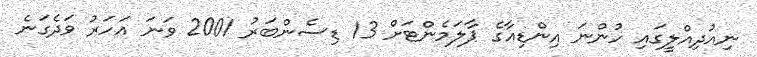
ނިއުދިއްލީގައި ހުންނަ އިންޑިއާގެ ޕާލަމެންޓަށް 13 ޑިސެންބަރު 2001 ވަނަ އަހަރު ވަދެގަނެ